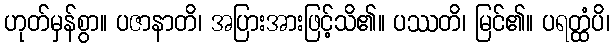
ဟုတ်မှန်စွာ။ ပဇာနာတိ၊ အပြားအားဖြင့်သိ၏။ ပဿတိ၊ မြင်၏။ ပရတ္ထံပိ၊